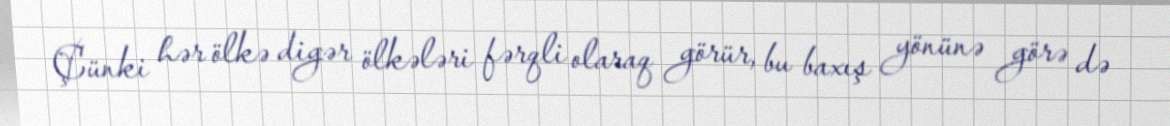
Çünki hər ölkə digər ölkələri fərqli olaraq görür, bu baxış yönünə görə də